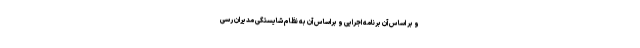
و بر اساس آن برنامه اجرایی و براساس آن به نظام شایستگی مدیران رسی